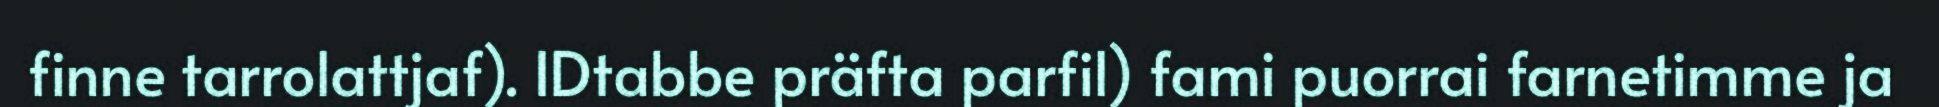
finne tarrolattjaf). IDtabbe präfta parfil) fami puorrai farnetimme ja